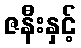
ဇနီးနှင့်